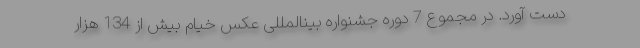
دست آورد. در مجموع 7 دوره جشنواره بینالمللی عکس خیام بیش از 134 هزار